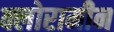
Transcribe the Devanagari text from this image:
क्लोरामीन